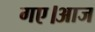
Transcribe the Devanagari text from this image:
गए।आज